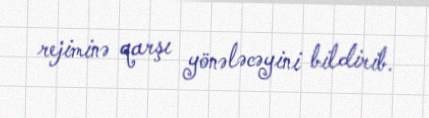
rejiminə qarşı yönələcəyini bildirib.